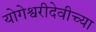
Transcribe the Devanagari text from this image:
योगेश्वरीदेवीच्या